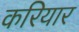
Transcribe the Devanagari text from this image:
करियार